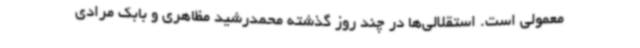
معمولی است. استقلالی‌ها در چند روز گذشته محمدرشید مظاهری و بابک مرادی